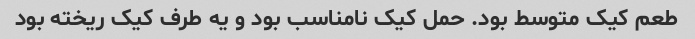
طعم کیک متوسط بود. حمل کیک نامناسب بود و یه طرف کیک ریخته بود